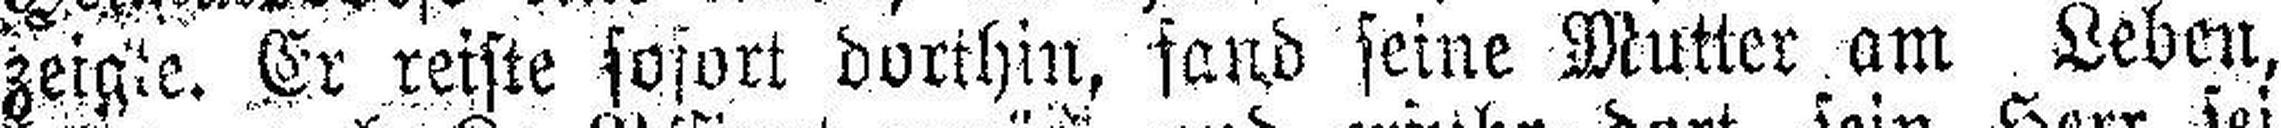
zeigte. Er reiste sofort dorthin, fand seine Mutter, am Leben,